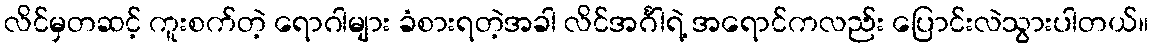
လိင်မှတဆင့် ကူးစက်တဲ့ ရောဂါများ ခံစားရတဲ့အခါ လိင်အင်္ဂါရဲ့ အရောင်ကလည်း ပြောင်းလဲသွားပါတယ်။